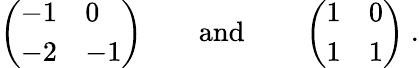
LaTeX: \left(\begin{array}{ll}{{-1}}&{{0}}\\ {{-2}}&{{-1}}\end{array}\right)\qquad\mathrm{and}\qquad\left(\begin{array}{ll}{{1}}&{{0}}\\ {{1}}&{{1}}\end{array}\right)\ .